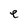
Character: e